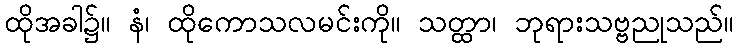
ထိုအခါ၌။ နံ၊ ထိုကောသလမင်းကို။ သတ္ထာ၊ ဘုရားသဗ္ဗညုသည်။